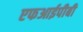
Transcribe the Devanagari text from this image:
एफआईपीबी